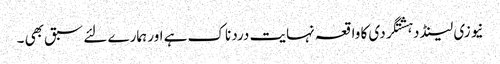
نیوزی لینڈ دہشتگردی کا واقعہ نہایت درد ناک ہے اور ہمارے لئے سبق بھی ۔